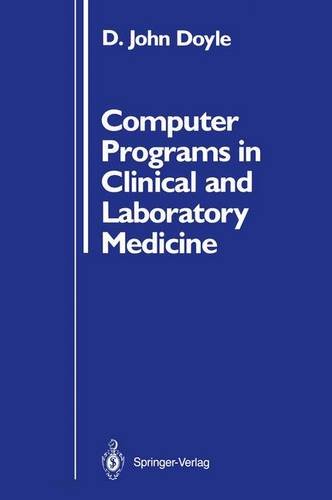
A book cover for Computer Programs in Clinical and Laboratory Medicine; D. John Doyle; Medical Books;